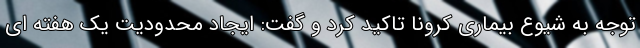
توجه به شیوع بیماری کرونا تاکید کرد و گفت: ایجاد محدودیت یک هفته ای